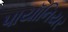
પાયૉનિયર